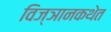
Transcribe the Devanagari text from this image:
विज्ञानकथेत